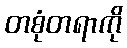
တစုံတရာကို